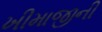
ખીમાજીની